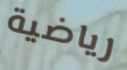
رياضية